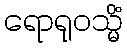
ရောရုဝသ္မိံ